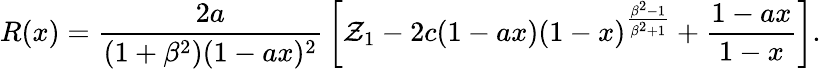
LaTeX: R(x)={\frac{2a}{(1+\beta^{2})(1-ax)^{2}}}\left[{\cal Z}_{1}-2c(1-ax)(1-x)^{\frac{\beta^{2}-1}{\beta^{2}+1}}+{\frac{1-ax}{1-x}}\right].